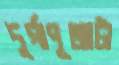
দুর্গাপূজাটা